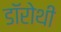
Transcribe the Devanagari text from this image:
डॉरोथी